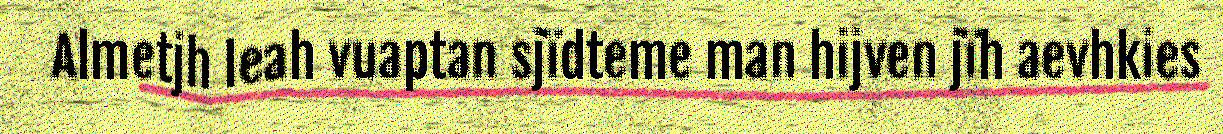
Almetjh leah vuaptan sjïdteme man hijven jïh aevhkies